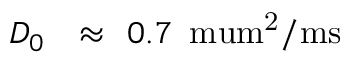
D _ { 0 } \mathrm { ~ \ensuremath ~ { ~ \approx ~ } ~ } 0 . 7 \, \mathrm { \ m u m ^ { 2 } / m s }